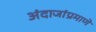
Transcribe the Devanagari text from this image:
अंदाजांप्रमाणे